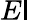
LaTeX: E\mathsf{I}